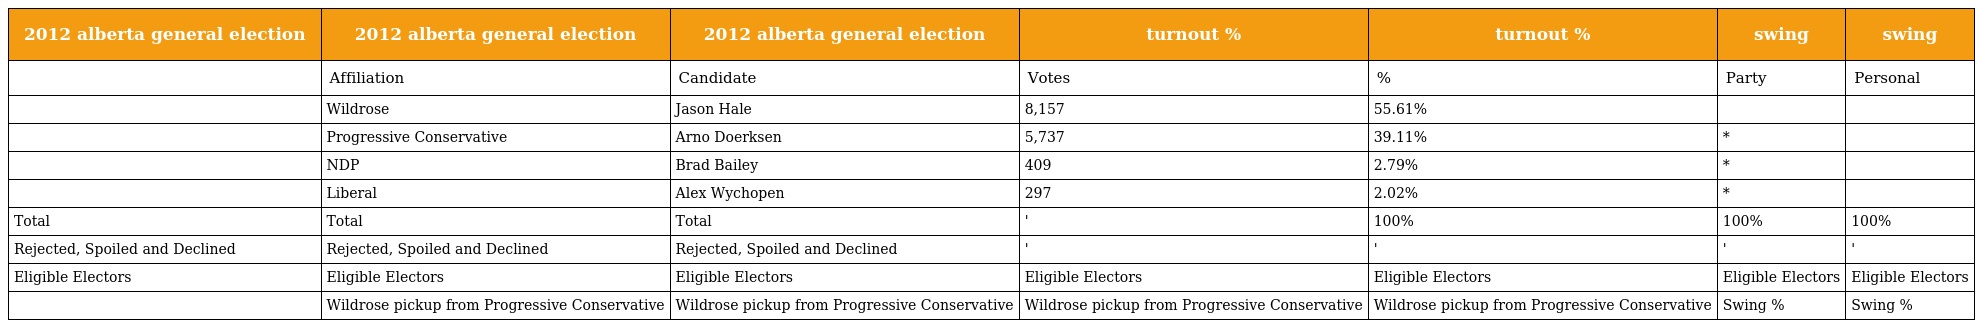
| 2012 alberta general election | 2012 alberta general election | 2012 alberta general election | turnout % | turnout % | swing | swing |
 | --- | --- | --- | --- | --- | --- | --- |
 |  | Affiliation | Candidate | Votes | % | Party | Personal |
 |  | Wildrose | Jason Hale | 8,157 | 55.61% |  |  |
 |  | Progressive Conservative | Arno Doerksen | 5,737 | 39.11% | * |  |
 |  | NDP | Brad Bailey | 409 | 2.79% | * |  |
 |  | Liberal | Alex Wychopen | 297 | 2.02% | * |  |
 | Total | Total | Total | ' | 100% | 100% | 100% |
 | Rejected, Spoiled and Declined | Rejected, Spoiled and Declined | Rejected, Spoiled and Declined | ' | ' | ' | ' |
 | Eligible Electors | Eligible Electors | Eligible Electors | Eligible Electors | Eligible Electors | Eligible Electors | Eligible Electors |
 |  | Wildrose pickup from Progressive Conservative | Wildrose pickup from Progressive Conservative | Wildrose pickup from Progressive Conservative | Wildrose pickup from Progressive Conservative | Swing % | Swing % |